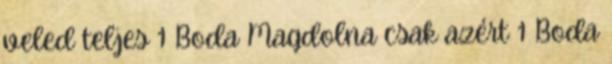
veled teljes 1 Boda Magdolna csak azért 1 Boda